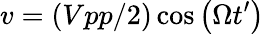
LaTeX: v=\left(Vpp/2\right)\cos{\left(\Omega t^{\prime}\right)}